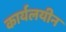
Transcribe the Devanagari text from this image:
कार्यलयीन